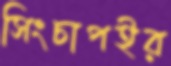
সিংচাপইর